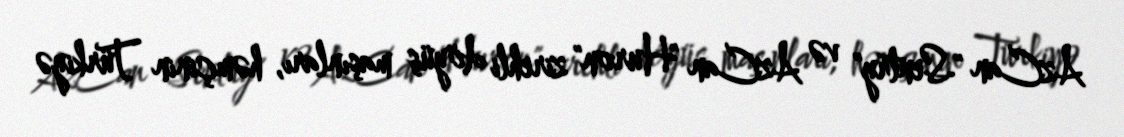
AzCan "Sentry" və AzCan "Huron" zirehli döyüş maşınları, həmçinin Türkiyə